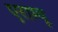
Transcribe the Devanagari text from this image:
एराम्बू